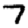
Digit: 7